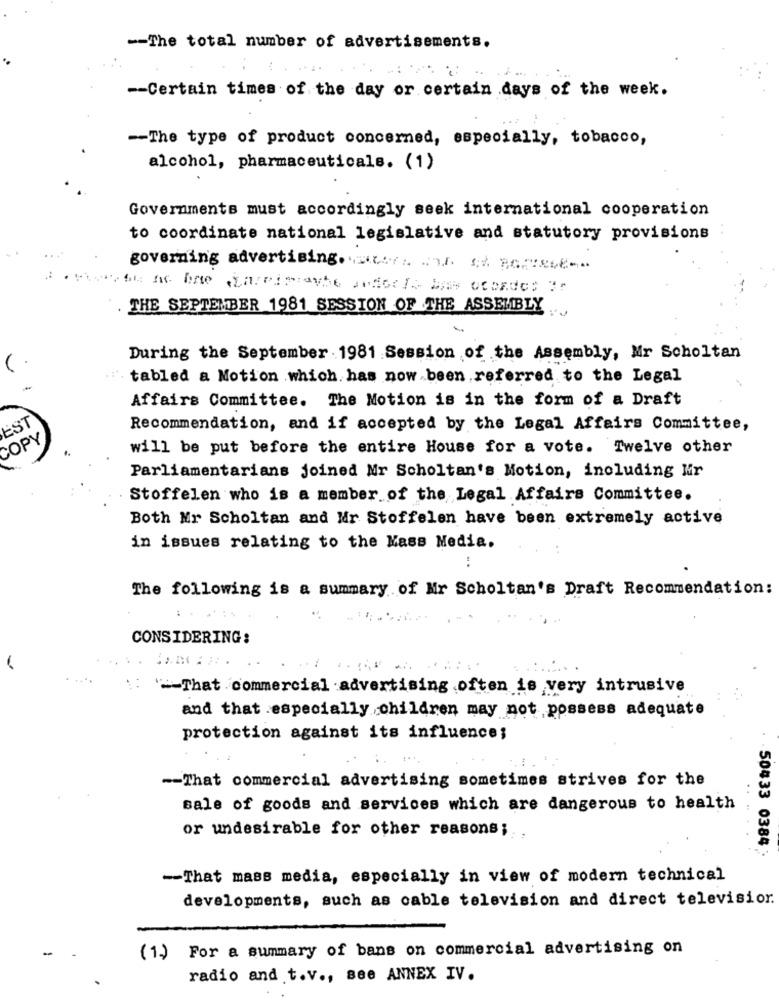
-- The total number of advertisements.
-- Certain times of the day or certain days of the week.
-- The type of product concerned, especially, tobacco,
alcohol, pharmaceuticals. (1)
Governments must accordingly seek international cooperation
to coordinate national legislative and statutory provisions
governing advertising ...... **======
THE SEPTEMBER 1981 SESSION OF THE ASSEMBLY
During the September 1981 Session of the Assembly, Mr Scholtan
tabled a Motion which has now been referred to the Legal
Affairs Committee. The Motion is in the form of a Draft
JEST
Recommendation, and if accepted by the Legal Affairs Committee,
COPY
will be put before the entire House for a vote. Twelve other
Parliamentarians joined Mr Scholtan's Motion, including Mr
Stoffelen who is a member of the Legal Affairs Committee.
Both Mr Scholtan and Mr Stoffelen have been extremely active
in issues relating to the Mass Media.
The following is a summary of Mr Scholtan's Draft Recommendation:
CONSIDERING:
....
: - That commercial advertising often is very intrusive
and that especially children may not possess adequate
protection against its influence;
-- That commercial advertising sometimes strives for the
sale of goods and services which are dangerous to health
or undesirable for other reasons;
50433 0384
-- That mass media, especially in view of modern technical
developments, such as cable television and direct televisior.
-
(1.) For a summary of bans on commercial advertising on
radio and t.v ., see ANNEX IV.